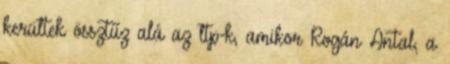
kerültek össztűz alá az ltp-k, amikor Rogán Antal, a